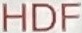
HDF